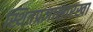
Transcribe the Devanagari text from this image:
स्थितप्रज्ञासारखा